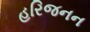
હરિજનન